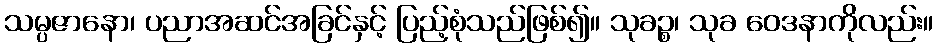
သမ္ပဇာနော၊ ပညာအဆင်အခြင်နှင့် ပြည့်စုံသည်ဖြစ်၍။ သုခဉ္စ၊ သုခ ဝေဒနာကိုလည်း။